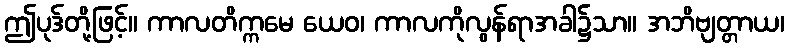
ဤပုဒ်တို့ဖြင့်။ ကာလတိက္ကမေ ယေဝ၊ ကာလကိုလွန်ရာအခါ၌သာ။ အဘိဗျတ္တာယ၊